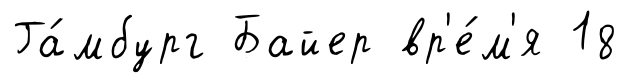
Га́мбург Байер вр'е́м'я 18